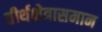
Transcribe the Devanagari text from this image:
तीर्थक्षेत्रासमान